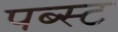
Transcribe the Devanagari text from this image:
पब्स्ट